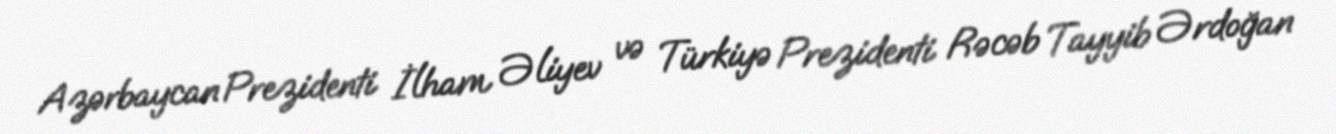
Azərbaycan Prezidenti İlham Əliyev və Türkiyə Prezidenti Rəcəb Tayyib Ərdoğan